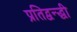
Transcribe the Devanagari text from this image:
प्रतिद्वन्द्धी